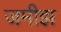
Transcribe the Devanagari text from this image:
जमीझ